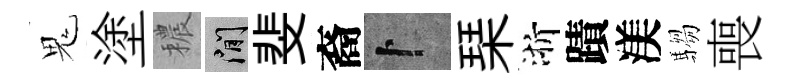
鬼塗穠閑斐裔卜琹浙蹟渼騶喪